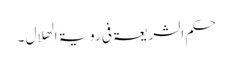
حکم الشریعۃ فی رویۃ الھلال ۔